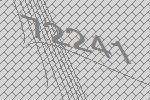
72241